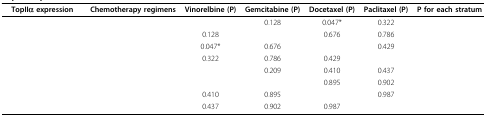
<table><thead><tr><td><b>TopIIα expression</b></td><td><b>Chemotherapy regimens</b></td><td><b>Vinorelbine (P)</b></td><td><b>Gemcitabine (P)</b></td><td><b>Docetaxel (P)</b></td><td><b>Paclitaxel (P)</b></td><td><b>P for each stratum</b></td></tr></thead><tbody><tr><td>[EMPTY_CELL]</td><td>[EMPTY_CELL]</td><td>[EMPTY_CELL]</td><td>0.128</td><td>0.047*</td><td>0.322</td><td>[EMPTY_CELL]</td></tr><tr><td>[EMPTY_CELL]</td><td>[EMPTY_CELL]</td><td>0.128</td><td>[EMPTY_CELL]</td><td>0.676</td><td>0.786</td><td>[EMPTY_CELL]</td></tr><tr><td>[EMPTY_CELL]</td><td>[EMPTY_CELL]</td><td>0.047*</td><td>0.676</td><td>[EMPTY_CELL]</td><td>0.429</td><td>[EMPTY_CELL]</td></tr><tr><td>[EMPTY_CELL]</td><td>[EMPTY_CELL]</td><td>0.322</td><td>0.786</td><td>0.429</td><td>[EMPTY_CELL]</td><td>[EMPTY_CELL]</td></tr><tr><td>[EMPTY_CELL]</td><td>[EMPTY_CELL]</td><td>[EMPTY_CELL]</td><td>0.209</td><td>0.410</td><td>0.437</td><td>[EMPTY_CELL]</td></tr><tr><td>[EMPTY_CELL]</td><td>[EMPTY_CELL]</td><td>[EMPTY_CELL]</td><td>[EMPTY_CELL]</td><td>0.895</td><td>0.902</td><td>[EMPTY_CELL]</td></tr><tr><td>[EMPTY_CELL]</td><td>[EMPTY_CELL]</td><td>0.410</td><td>0.895</td><td>[EMPTY_CELL]</td><td>0.987</td><td>[EMPTY_CELL]</td></tr><tr><td>[EMPTY_CELL]</td><td>[EMPTY_CELL]</td><td>0.437</td><td>0.902</td><td>0.987</td><td>[EMPTY_CELL]</td><td>[EMPTY_CELL]</td></tr></tbody></table>